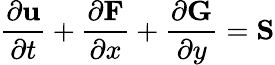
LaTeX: \frac{\partial\mathbf u}{\partial t}+\frac{\partial\mathbf F}{\partial x}+\frac{\partial\mathbf G}{\partial y}=\mathbf S